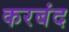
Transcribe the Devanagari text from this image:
करबंद